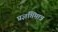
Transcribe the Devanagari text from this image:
प्रज्ञप्तिमात्र